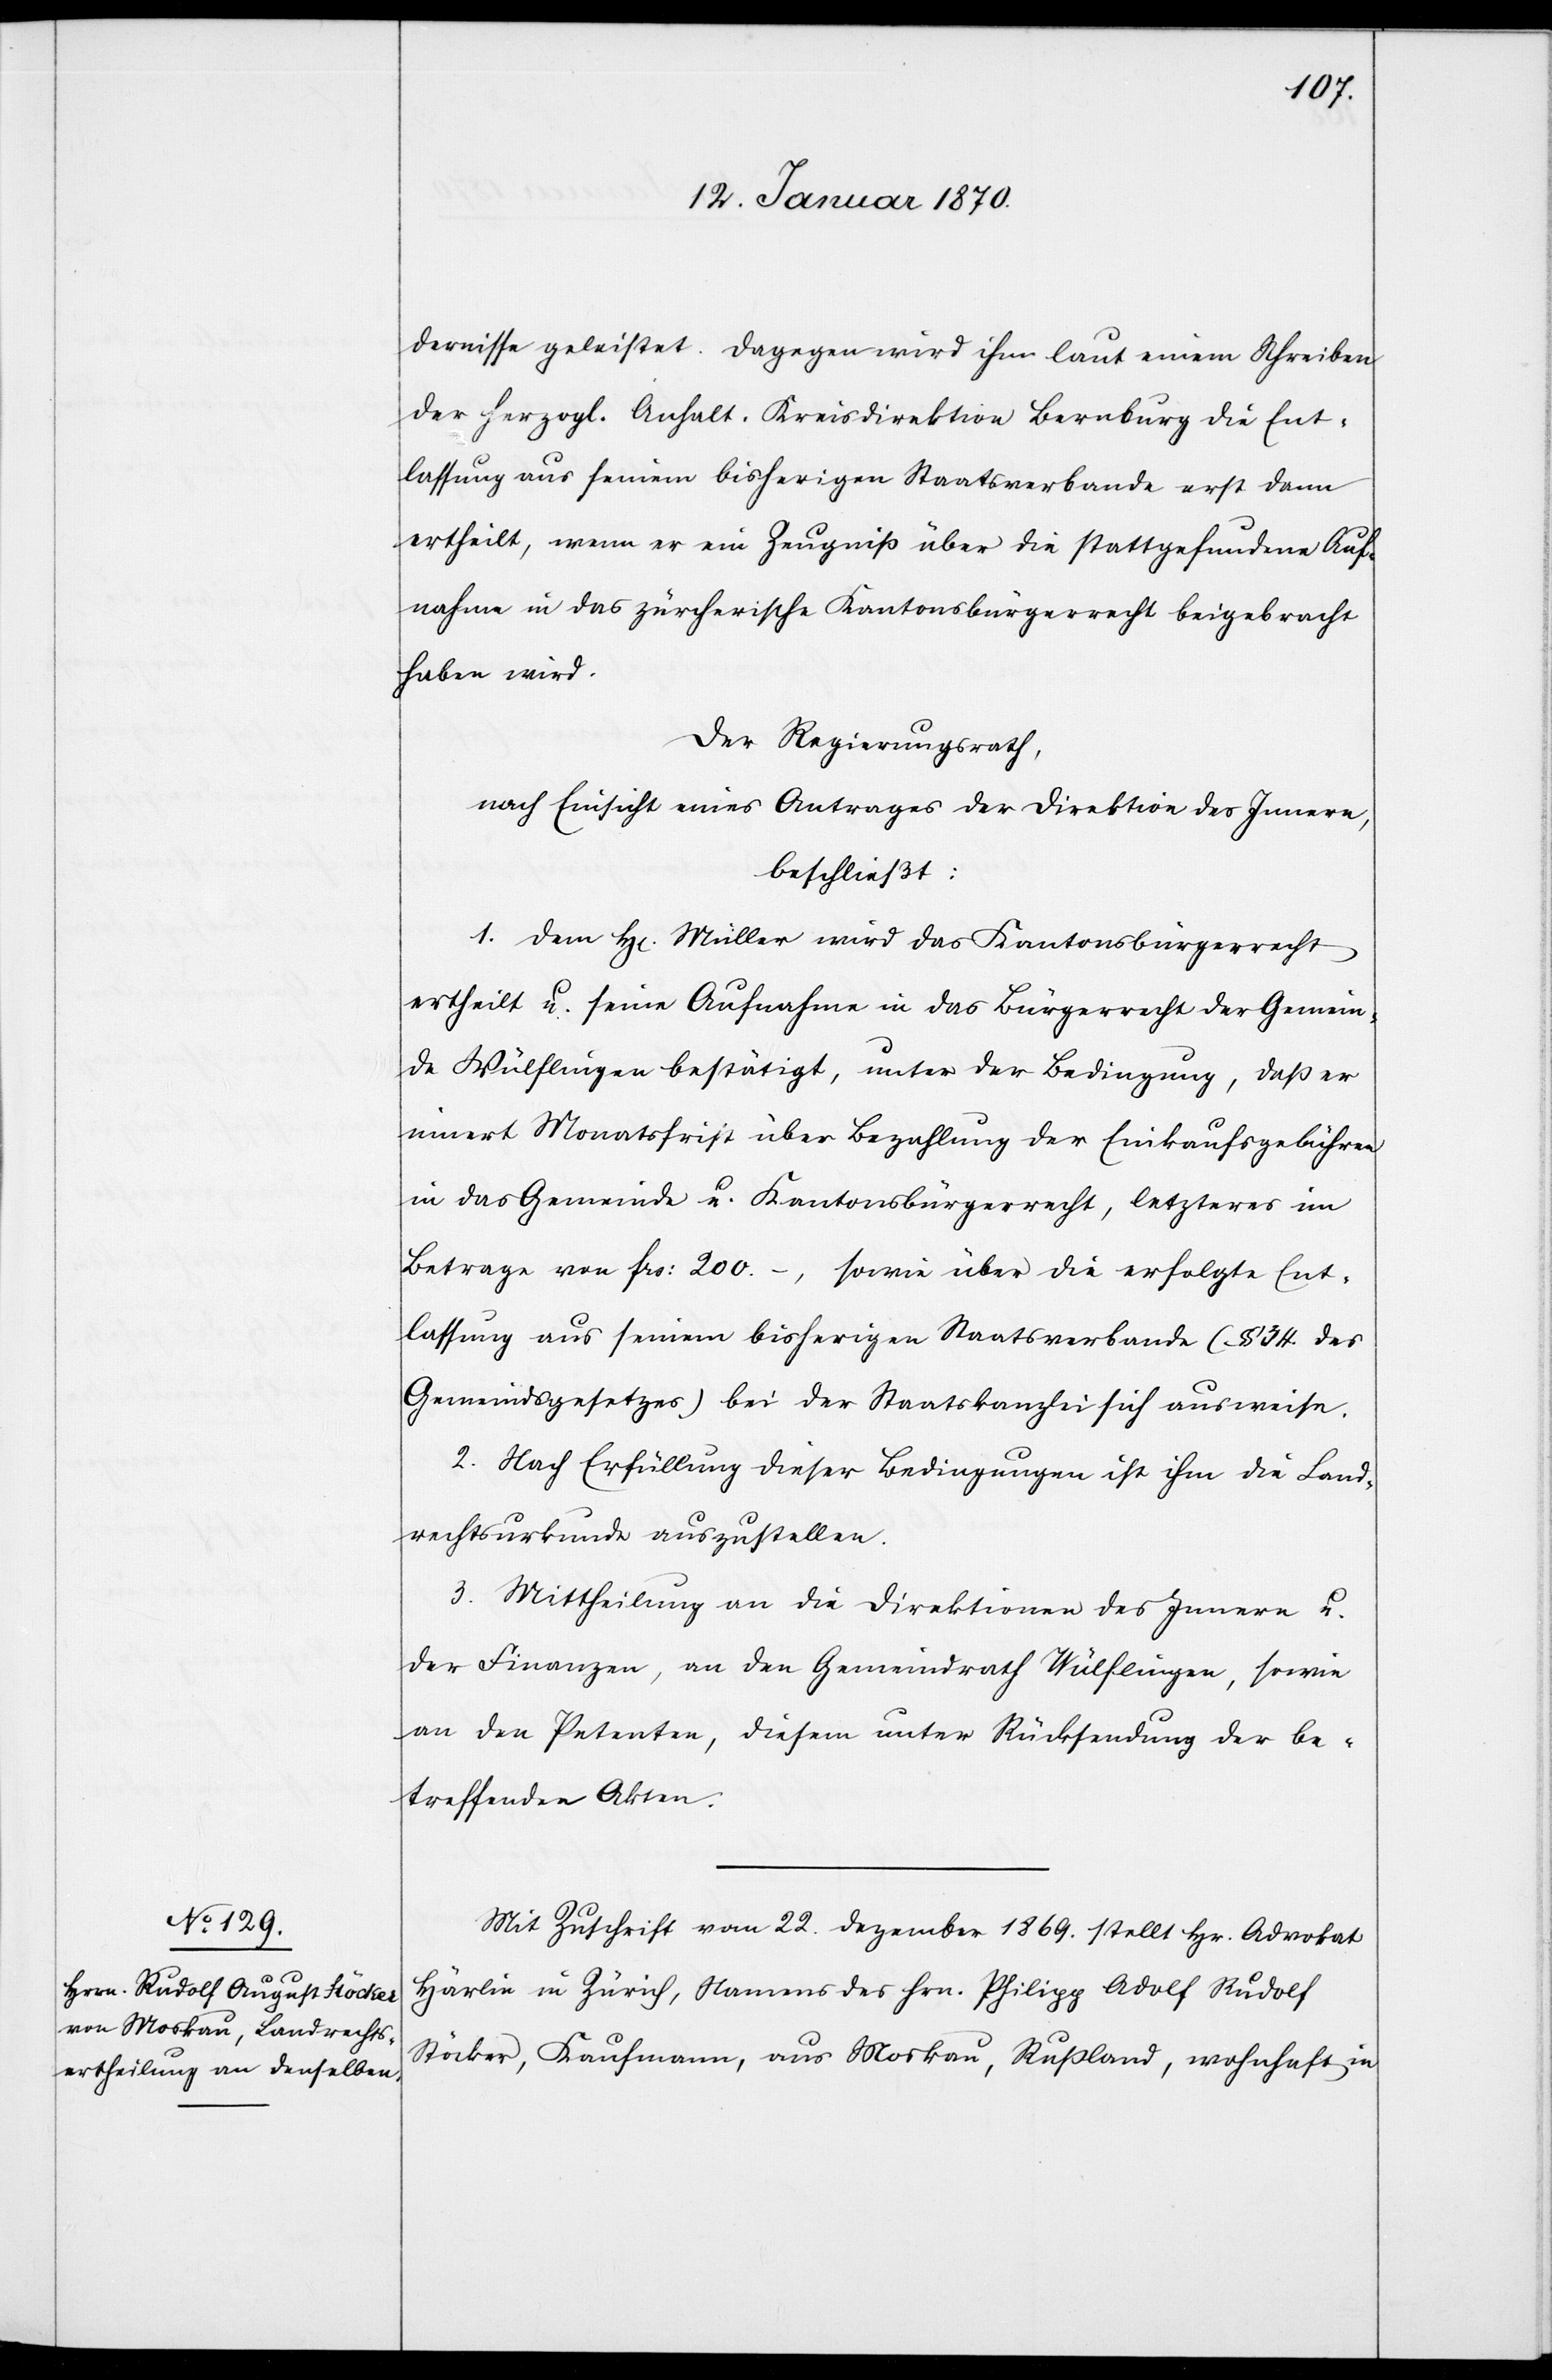
dernisse geleistet. Dagegen wird ihm laut einem Schreiben
der herzogl. Anhalt. Kreisdirektion Bernburg die Ent¬
lassung aus seinem bisherigen Staatsverbande erst dann
ertheilt, wenn er ein Zeugnis über die stattgefundene Auf¬
nahme in das zürcherische Kantonsbürgerrecht beigebracht
haben wird.
Der Regierungsrath,
nach Einsicht eines Antrages der Direktion des Innern
beschließt:
1. Dem H[errn] Müller wird das Kantonsbürgerrecht
ertheilt u. seine Aufnahme in das Bürgerrecht der Gemein¬
de Wülflingen bestätigt, unter der Bedingung, daß er
innert Monatsfrist über Bezahlung der Einkaufsgebühren
in das Gemeinde[-] u. Kantonsbürgerrecht, letzteres im
Betrage von frs: 200.–,
sowie über die erfolgte Ent¬
lassung aus seinem bisherigen Staatsverbunde (§ 34. des
Gemeindsgesetzes) bei der Staatskanzlei sich ausweise.
2. Nach Erfüllung dieser Bedingungen ist ihm die Land¬
rechtsurkunde auszustellen.
3. Mittheilung an die Direktionen des Innern u.
der Finanzen, an den Gemeindrath Wülflingen, sowie
an den Petenten, diesem unter Rücksendung der be¬
treffenden Akten.
Mit Zuschrift vom 22. Dezember 1869. stellt Hr. Advokat
Härlin in Zürich, Namens des Hrn. Philipp Adolf Rudolf
Stöcker, Kaufmann, aus Moskau, Rußland, wohnhaft, in